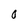
Character: 0